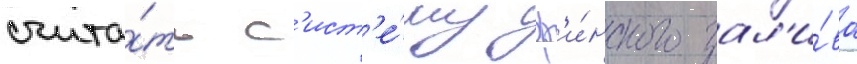
счита́ть с'ист'е́му ф'и́нского зал'и́ва